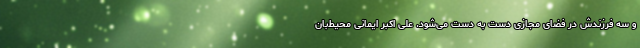
و سه فرزندش در فضای مجازی دست به دست می‌شود. علی اکبر ایمانی محیط‌بان